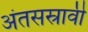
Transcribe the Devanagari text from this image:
अंतसस्रावी